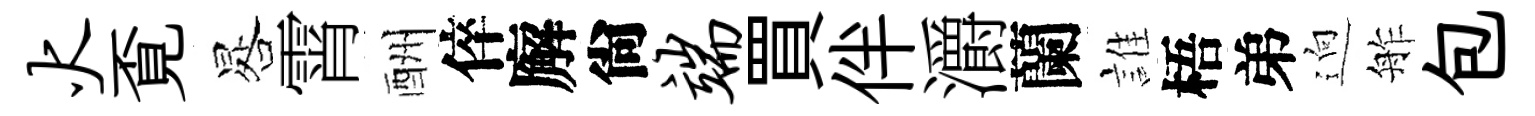
火覔晷霄酬倅廨尙端買伴灂蘭誰梧弟逈舴包